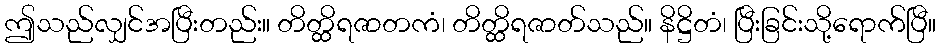
ဤသည်လျှင်အပြီးတည်း။ တိတ္ထိရဇာတကံ၊ တိတ္ထိရဇာတ်သည်။ နိဋ္ဌိတံ၊ ပြီးခြင်းသို့ရောက်ပြီ။